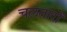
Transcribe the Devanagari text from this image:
चलतारों